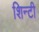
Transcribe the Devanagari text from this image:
शिन्टी